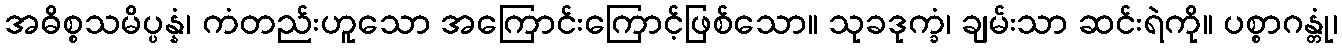
အဓိစ္စသမိပ္ပန္နံ၊ ကံတည်းဟူသော အကြောင်းကြောင့်ဖြစ်သော။ သုခဒုက္ခံ၊ ချမ်းသာ ဆင်းရဲကို။ ပစ္စာဂန္တုံ၊